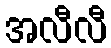
အလီလီ